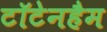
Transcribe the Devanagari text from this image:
टॉटेनहैम